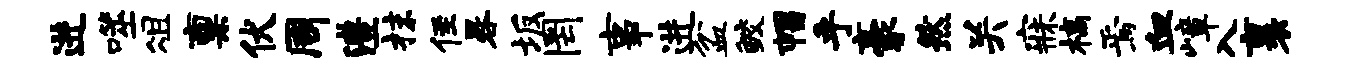
进噬俎禀伏周澧抹侄晷坂罔事进盆鲛帽乎豪然关寐槁焉血嶂入裹